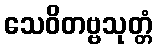
သေဝိတဗ္ဗသုတ္တံ